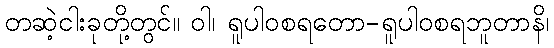
တဆဲ့ငါးခုတို့တွင်။ ဝါ၊ ရူပါဝစရတော-ရူပါဝစရဘူတာနိ၊